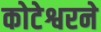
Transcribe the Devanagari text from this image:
कोटेश्वरने